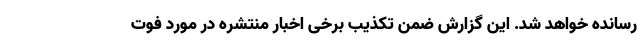
رسانده خواهد شد. این گزارش ضمن تکذیب برخی اخبار منتشره در مورد فوت